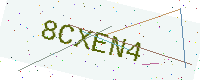
Text: 8CXEN4